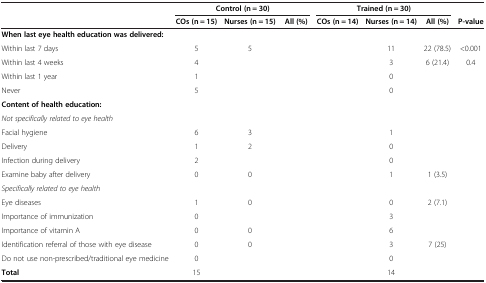
<table><thead><tr><td>[EMPTY_CELL]</td><td colspan="3"><b>Control (n = 30)</b></td><td colspan="3"><b>Trained (n = 30)</b></td><td>[EMPTY_CELL]</td></tr><tr><td>[EMPTY_CELL]</td><td><b>COs (n = 15)</b></td><td><b>Nurses (n = 15)</b></td><td><b>All (%)</b></td><td><b>COs (n = 14)</b></td><td><b>Nurses (n = 14)</b></td><td><b>All (%)</b></td><td><b>P-value</b></td></tr></thead><tbody><tr><td colspan="8"><b>When last eye health education was delivered:</b></td></tr><tr><td>Within last 7 days</td><td>5</td><td>5</td><td>[EMPTY_CELL]</td><td>[EMPTY_CELL]</td><td>11</td><td>22 (78.5)</td><td>&lt;0.001</td></tr><tr><td>Within last 4 weeks</td><td>4</td><td>[EMPTY_CELL]</td><td>[EMPTY_CELL]</td><td>[EMPTY_CELL]</td><td>3</td><td>6 (21.4)</td><td>0.4</td></tr><tr><td>Within last 1 year</td><td>1</td><td>[EMPTY_CELL]</td><td>[EMPTY_CELL]</td><td>[EMPTY_CELL]</td><td>0</td><td>[EMPTY_CELL]</td><td>[EMPTY_CELL]</td></tr><tr><td>Never</td><td>5</td><td>[EMPTY_CELL]</td><td>[EMPTY_CELL]</td><td>[EMPTY_CELL]</td><td>0</td><td>[EMPTY_CELL]</td><td>[EMPTY_CELL]</td></tr><tr><td colspan="8"><b>Content of health education:</b></td></tr><tr><td colspan="8"><i>Not specifically related to eye health</i></td></tr><tr><td>Facial hygiene</td><td>6</td><td>3</td><td>[EMPTY_CELL]</td><td>[EMPTY_CELL]</td><td>1</td><td>[EMPTY_CELL]</td><td>[EMPTY_CELL]</td></tr><tr><td>Delivery</td><td>1</td><td>2</td><td>[EMPTY_CELL]</td><td>[EMPTY_CELL]</td><td>0</td><td>[EMPTY_CELL]</td><td>[EMPTY_CELL]</td></tr><tr><td>Infection during delivery</td><td>2</td><td>[EMPTY_CELL]</td><td>[EMPTY_CELL]</td><td>[EMPTY_CELL]</td><td>0</td><td>[EMPTY_CELL]</td><td>[EMPTY_CELL]</td></tr><tr><td>Examine baby after delivery</td><td>0</td><td>0</td><td>[EMPTY_CELL]</td><td>[EMPTY_CELL]</td><td>1</td><td>1 (3.5)</td><td>[EMPTY_CELL]</td></tr><tr><td colspan="3"><i>Specifically related to eye health</i></td><td>[EMPTY_CELL]</td><td>[EMPTY_CELL]</td><td>[EMPTY_CELL]</td><td>[EMPTY_CELL]</td><td>[EMPTY_CELL]</td></tr><tr><td>Eye diseases</td><td>1</td><td>0</td><td>[EMPTY_CELL]</td><td>[EMPTY_CELL]</td><td>0</td><td>2 (7.1)</td><td>[EMPTY_CELL]</td></tr><tr><td>Importance of immunization</td><td>0</td><td>[EMPTY_CELL]</td><td>[EMPTY_CELL]</td><td>[EMPTY_CELL]</td><td>3</td><td>[EMPTY_CELL]</td><td>[EMPTY_CELL]</td></tr><tr><td>Importance of vitamin A</td><td>0</td><td>0</td><td>[EMPTY_CELL]</td><td>[EMPTY_CELL]</td><td>6</td><td>[EMPTY_CELL]</td><td>[EMPTY_CELL]</td></tr><tr><td>Identification referral of those with eye disease</td><td>0</td><td>0</td><td>[EMPTY_CELL]</td><td>[EMPTY_CELL]</td><td>3</td><td>7 (25)</td><td>[EMPTY_CELL]</td></tr><tr><td>Do not use non-prescribed/traditional eye medicine</td><td>0</td><td>[EMPTY_CELL]</td><td>[EMPTY_CELL]</td><td>[EMPTY_CELL]</td><td>0</td><td>[EMPTY_CELL]</td><td>[EMPTY_CELL]</td></tr><tr><td><b>Total</b></td><td>15</td><td>[EMPTY_CELL]</td><td>[EMPTY_CELL]</td><td>[EMPTY_CELL]</td><td>14</td><td>[EMPTY_CELL]</td><td>[EMPTY_CELL]</td></tr></tbody></table>